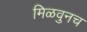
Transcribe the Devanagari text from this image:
मिळवुनच